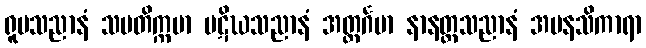
ရူပသညာနံ သမတိက္ကမာ ပဋိဃသညာနံ အတ္ထင်္ဂမာ နာနတ္တသညာနံ အမနသိကာရာ